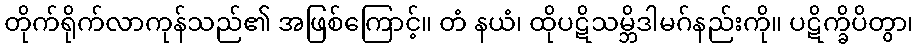
တိုက်ရိုက်လာကုန်သည်၏ အဖြစ်ကြောင့်။ တံ နယံ၊ ထိုပဋိသမ္ဘိဒါမဂ်နည်းကို။ ပဋိက္ခိပိတွာ၊